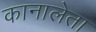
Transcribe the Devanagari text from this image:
कानालेता